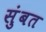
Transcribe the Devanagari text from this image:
सुंबत